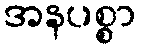
အနပစ္စာ